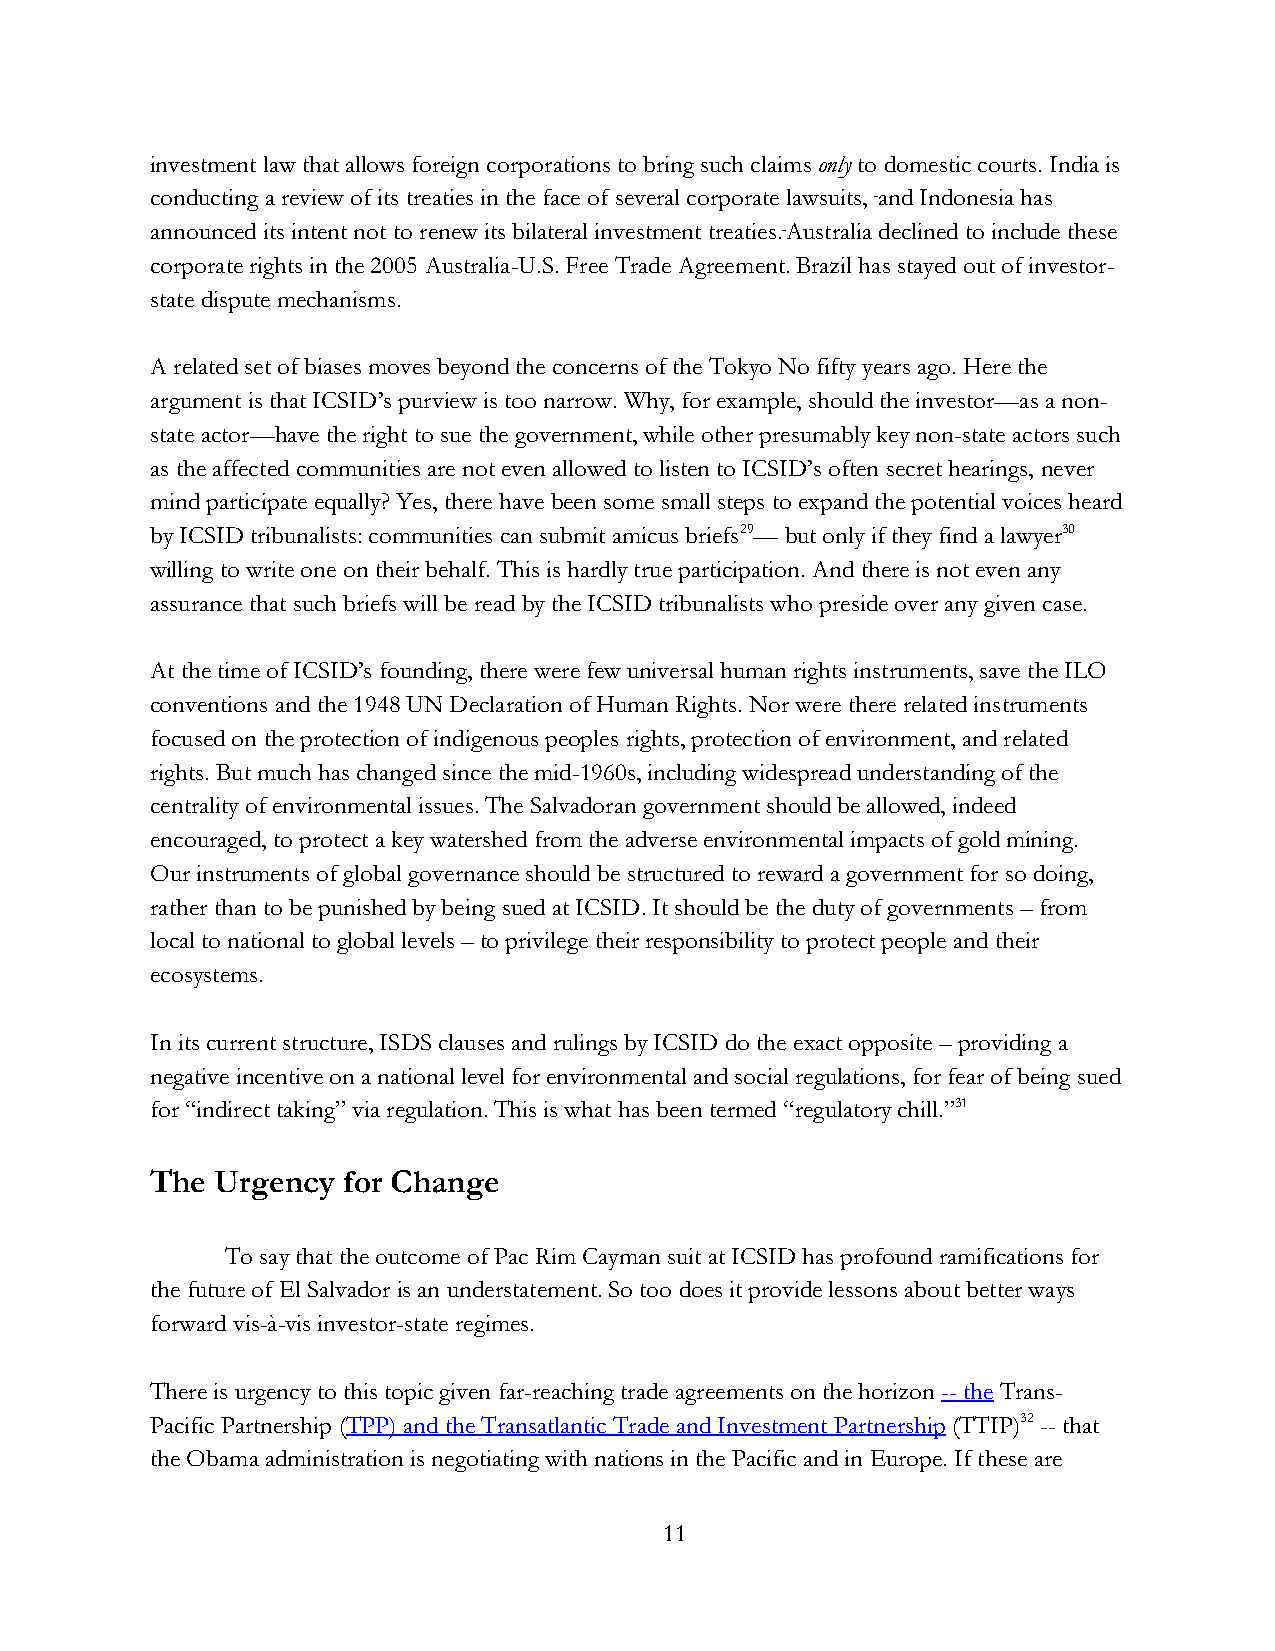
investment law that allows foreign corporations to bring such claims only to domestic courts. India is
 conducting a review of its treaties in the face of several corporate lawsuits, and Indonesia has
 announced its intent not to renew its bilateral investment treaties. Australia declined to include these
 corporate rights in the 2005 Australia-U.S. Free Trade Agreement. Brazil has stayed out of investor-
 state dispute mechanisms.
 A related set of biases moves beyond the concerns of the Tokyo No fifty years ago. Here the
 argument is that ICSID’s purview is too narrow. Why, for example, should the investor—as a non-
 state actor—have the right to sue the government, while other presumably key non-state actors such
 as the affected communities are not even allowed to listen to ICSID’s often secret hearings, never
 mind participate equally? Yes, there have been some small steps to expand the potential voices heard
 by ICSID tribunalists: communities can submit amicus briefs29— but only if they find a lawyer30
 willing to write one on their behalf. This is hardly true participation. And there is not even any
 assurance that such briefs will be read by the ICSID tribunalists who preside over any given case.
 At the time of ICSID’s founding, there were few universal human rights instruments, save the ILO
 conventions and the 1948 UN Declaration of Human Rights. Nor were there related instruments
 focused on the protection of indigenous peoples rights, protection of environment, and related
 rights. But much has changed since the mid-1960s, including widespread understanding of the
 centrality of environmental issues. The Salvadoran government should be allowed, indeed
 encouraged, to protect a key watershed from the adverse environmental impacts of gold mining.
 Our instruments of global governance should be structured to reward a government for so doing,
 rather than to be punished by being sued at ICSID. It should be the duty of governments – from
 local to national to global levels – to privilege their responsibility to protect people and their
 ecosystems.
 In its current structure, ISDS clauses and rulings by ICSID do the exact opposite – providing a
 negative incentive on a national level for environmental and social regulations, for fear of being sued
 for “indirect taking” via regulation. This is what has been termed “regulatory chill.”31
 The Urgency  for Change
 To say that the outcome of Pac Rim Cayman suit at ICSID has profound ramifications for
 the future of El Salvador is an understatement. So too does it provide lessons about better ways
 forward vis-à-vis investor-state regimes.
 There is urgency to this topic given far-reaching trade agreements on the horizon -- the Trans-
 Pacific Partnership (TPP) and the Transatlantic Trade and Investment Partnership (TTIP)32 -- that
 the Obama administration is negotiating with nations in the Pacific and in Europe. If these are
 11